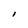
Character: I